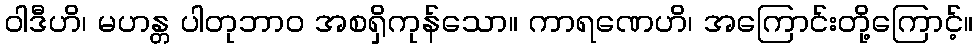
ဝါဒီဟိ၊ မဟန္တ ပါတုဘာဝ အစရှိကုန်သော။ ကာရဏေဟိ၊ အကြောင်းတို့ကြောင့်။